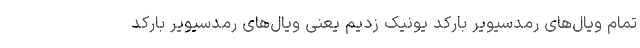
تمام ویال‌های رمدسیویر بارکد یونیک زدیم یعنی ویال‌های رمدسیویر بارکد